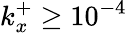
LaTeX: k_{x}^{+}\geq 10^{-4}